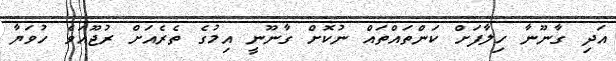
އަދި ގާނޫނާ ހިލާފަށް ކަންތައްތައް ނުކޮށް ގާނޫނީ އިމުގެ ތެރެއަށް ރުޖޫއަވެ ހުވަޔާ